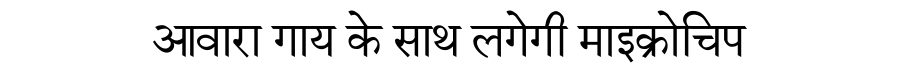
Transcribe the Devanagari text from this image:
आवारा गाय के साथ लगेगी माइक्रोचिप